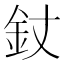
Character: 𨥅